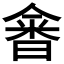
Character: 𰖗